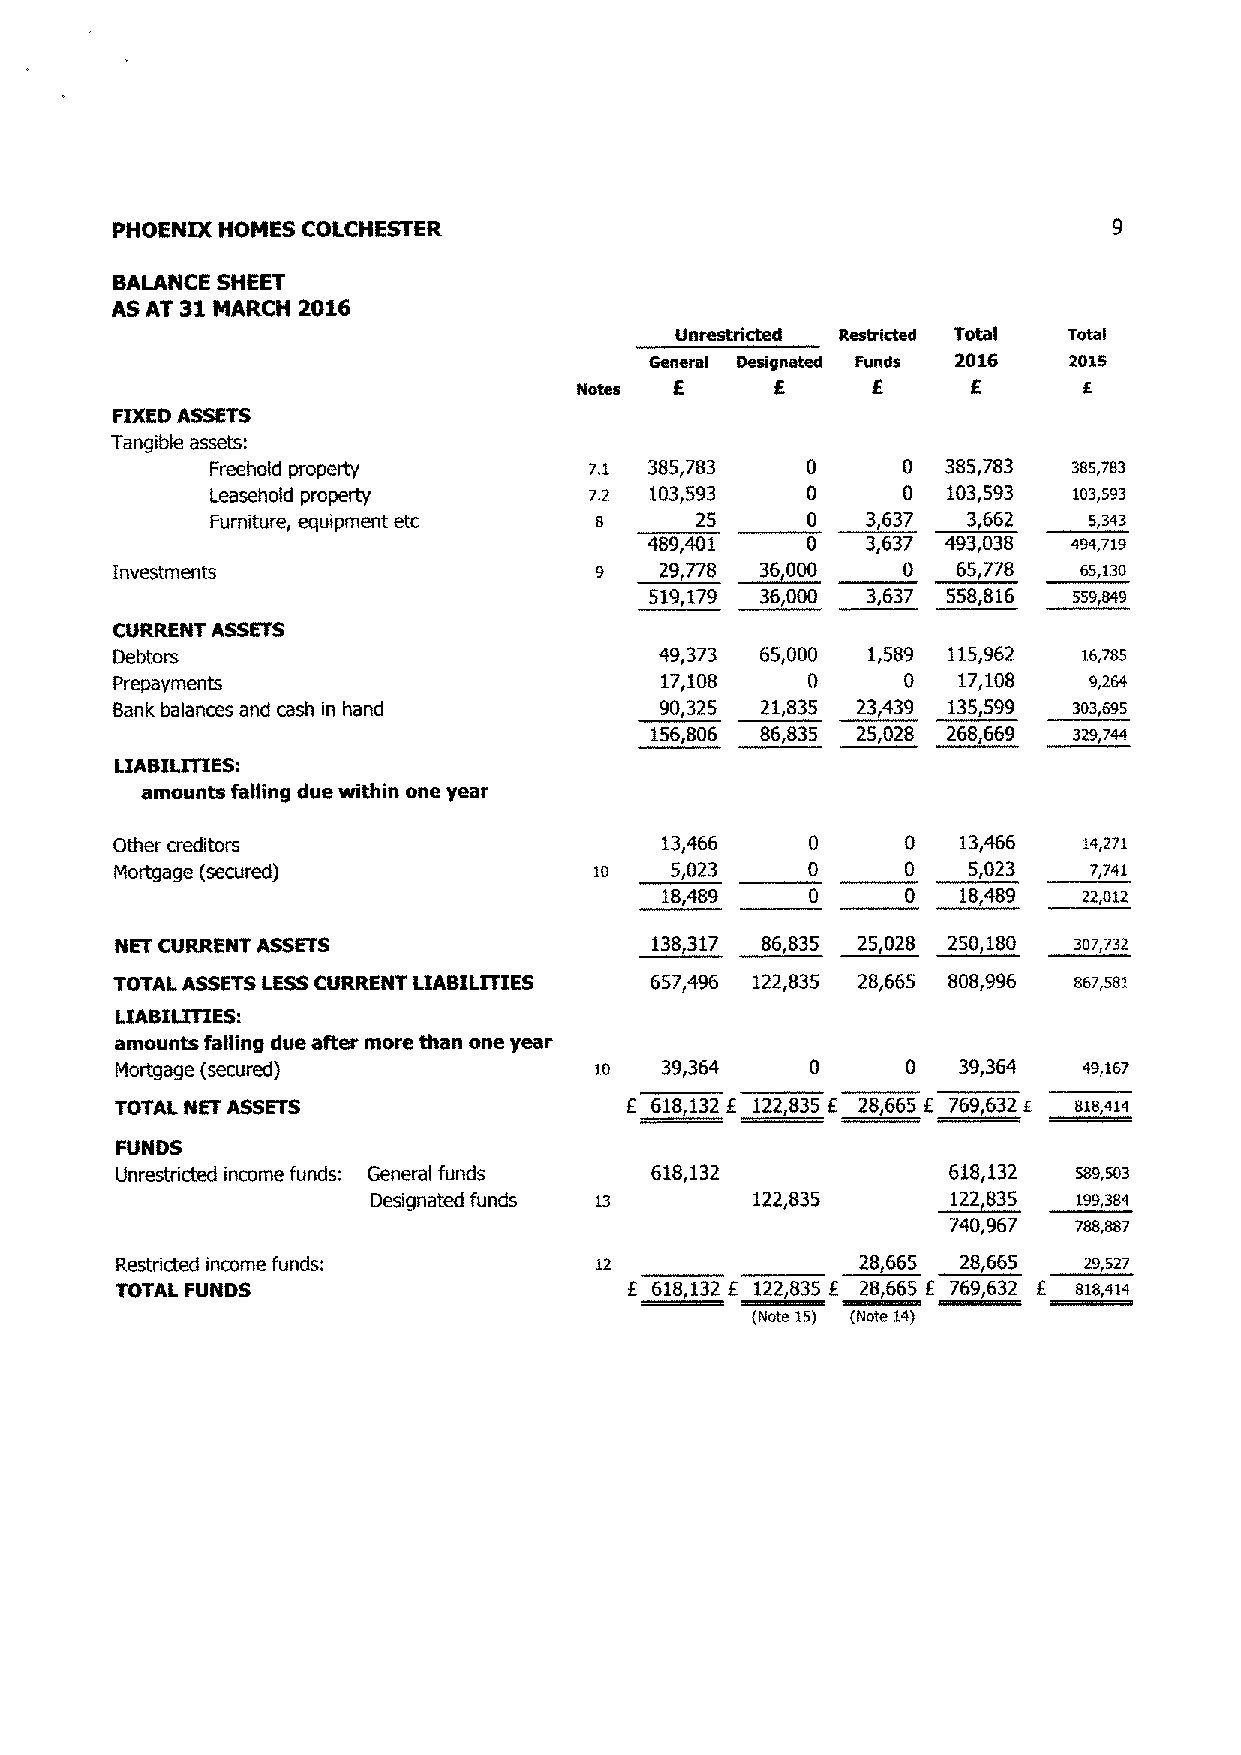
PHOENIX HOMES COLCHESTER                                          E
 BALANCE SHEET
 AS AT 31 MARCH 2016
 UOI'CSt17CtCd Restricted TOta) Total
 General Designated Funds 2016 2015
 Notes E      £      £     £       £
 FIXED ASSETS
 Tangible assets:
 Freehold properly        zi  385,783   0      0 385,783  3ss,~a3
 leasehold property       zz  103,593   0      0  103,593 io3,593
 Furniture, equipment etc a      25     0   3,637  3,662   s,sas
 489,401   0   3,637 493,038 a5a,n9
 Investments                     9    29,778 36,000   0  65,778  es,iso
 519,179 36,OD0 3,637 558,816 559,sa9
 CURRENT ASSETS
 Debtors                             49,373 65,000 1,589 115,962  i5,~ss
 v,ios    o      o  v,1os    9,z~+
 Prepayments
 Bank balances and cash in hand      90,325 21,835 23,439 135,599 sos,b95
 156,806 86,835 25,028 268,669 3z9,~aa
 LIABILITIES:
 amounts falling due within one year
 Other creditors                      13,466   0      0  13,466   ia,z7i
 Mortgage (secured)             io   5,023    0      0   5,023   ~,~4i
 18,489   0      0  18,489   zz,oLz
 NET CURRENT ASSETS                 138,317 86,835 25,028 250,180 3a~,~32
 TOTAL ASSETS LESS CURRENT LIABILITIES 657,496 122,835 28,665 808,996 se~,ssi
 LIABILITIES:
 amounts falling due after more than one year
 Mortgage (secured]             io   39,364   0      0  39,364   a9,ie~
 TOTAL NET ASSETS                 £ 618,132 £ 122,835 £ 28,665 £ 769,632 t eis,aia
 FUNDS
 Unrestricted income funds: General funds 618,132       618,132 sas,so3
 Designated funds 13       122835       122,835 194,384
 740,967 ~sa,ss7
 Restricted income funds:       iz                28,665 28,665  zs,sz~
 TOTAL FUNDS                      £ 618,132 £ 122,835 £ 28,665 f 769,632 £ si8,aia
 (Note 15) (Note 14)